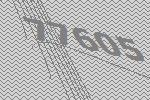
77605